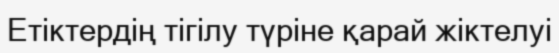
Етіктердің тігілу түріне қарай жіктелуі